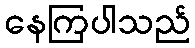
နေကြပါသည်